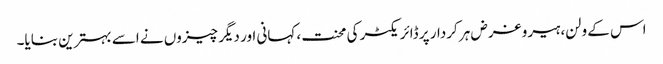
اس کے ولن، ہیرو غرض ہر کردار پر ڈائریکٹر کی محنت، کہانی اور دیگر چیزوں نے اسے بہترین بنایا۔